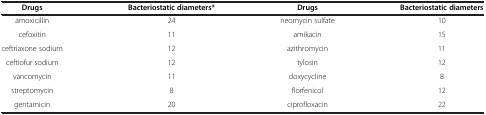
| Drugs | Bacteriostatic diameters* | Drugs | Bacteriostatic diameters |
 | --- | --- | --- | --- |
 | amoxicillin | 24 | neomycin sulfate | 10 |
 | cefoxitin | 11 | amikacin | 15 |
 | ceftriaxone sodium | 12 | azithromycin | 11 |
 | ceftiofur sodium | 12 | tylosin | 12 |
 | vancomycin | 11 | doxycycline | 8 |
 | streptomycin | 8 | florfenicol | 12 |
 | gentamicin | 20 | ciprofloxacin | 22 |